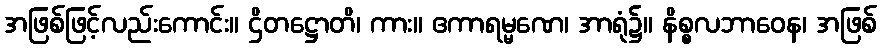
အဖြစ်ဖြင့်လည်းကောင်း။ ဌိတဋ္ဌောတိ၊ ကား။ ဧကာရမ္မဏေ၊ အာရုံ၌။ နိစ္စလဘာဝေန၊ အဖြစ်